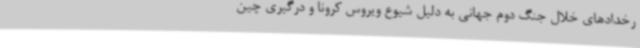
رخدادهای خلال جنگ دوم جهانی به دلیل شیوع ویروس کرونا و درگیری چین